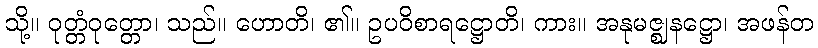
သို့။ ဝုတ္တံဝုတ္တော၊ သည်။ ဟောတိ၊ ၏။ ဥပဝိစာရဋ္ဌောတိ၊ ကား။ အနုမဇ္ဈနဋ္ဌော၊ အဖန်တ